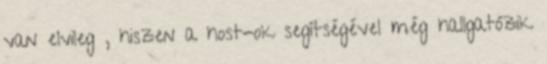
van elvileg , hiszen a host-ok segítségével még hallgatózik